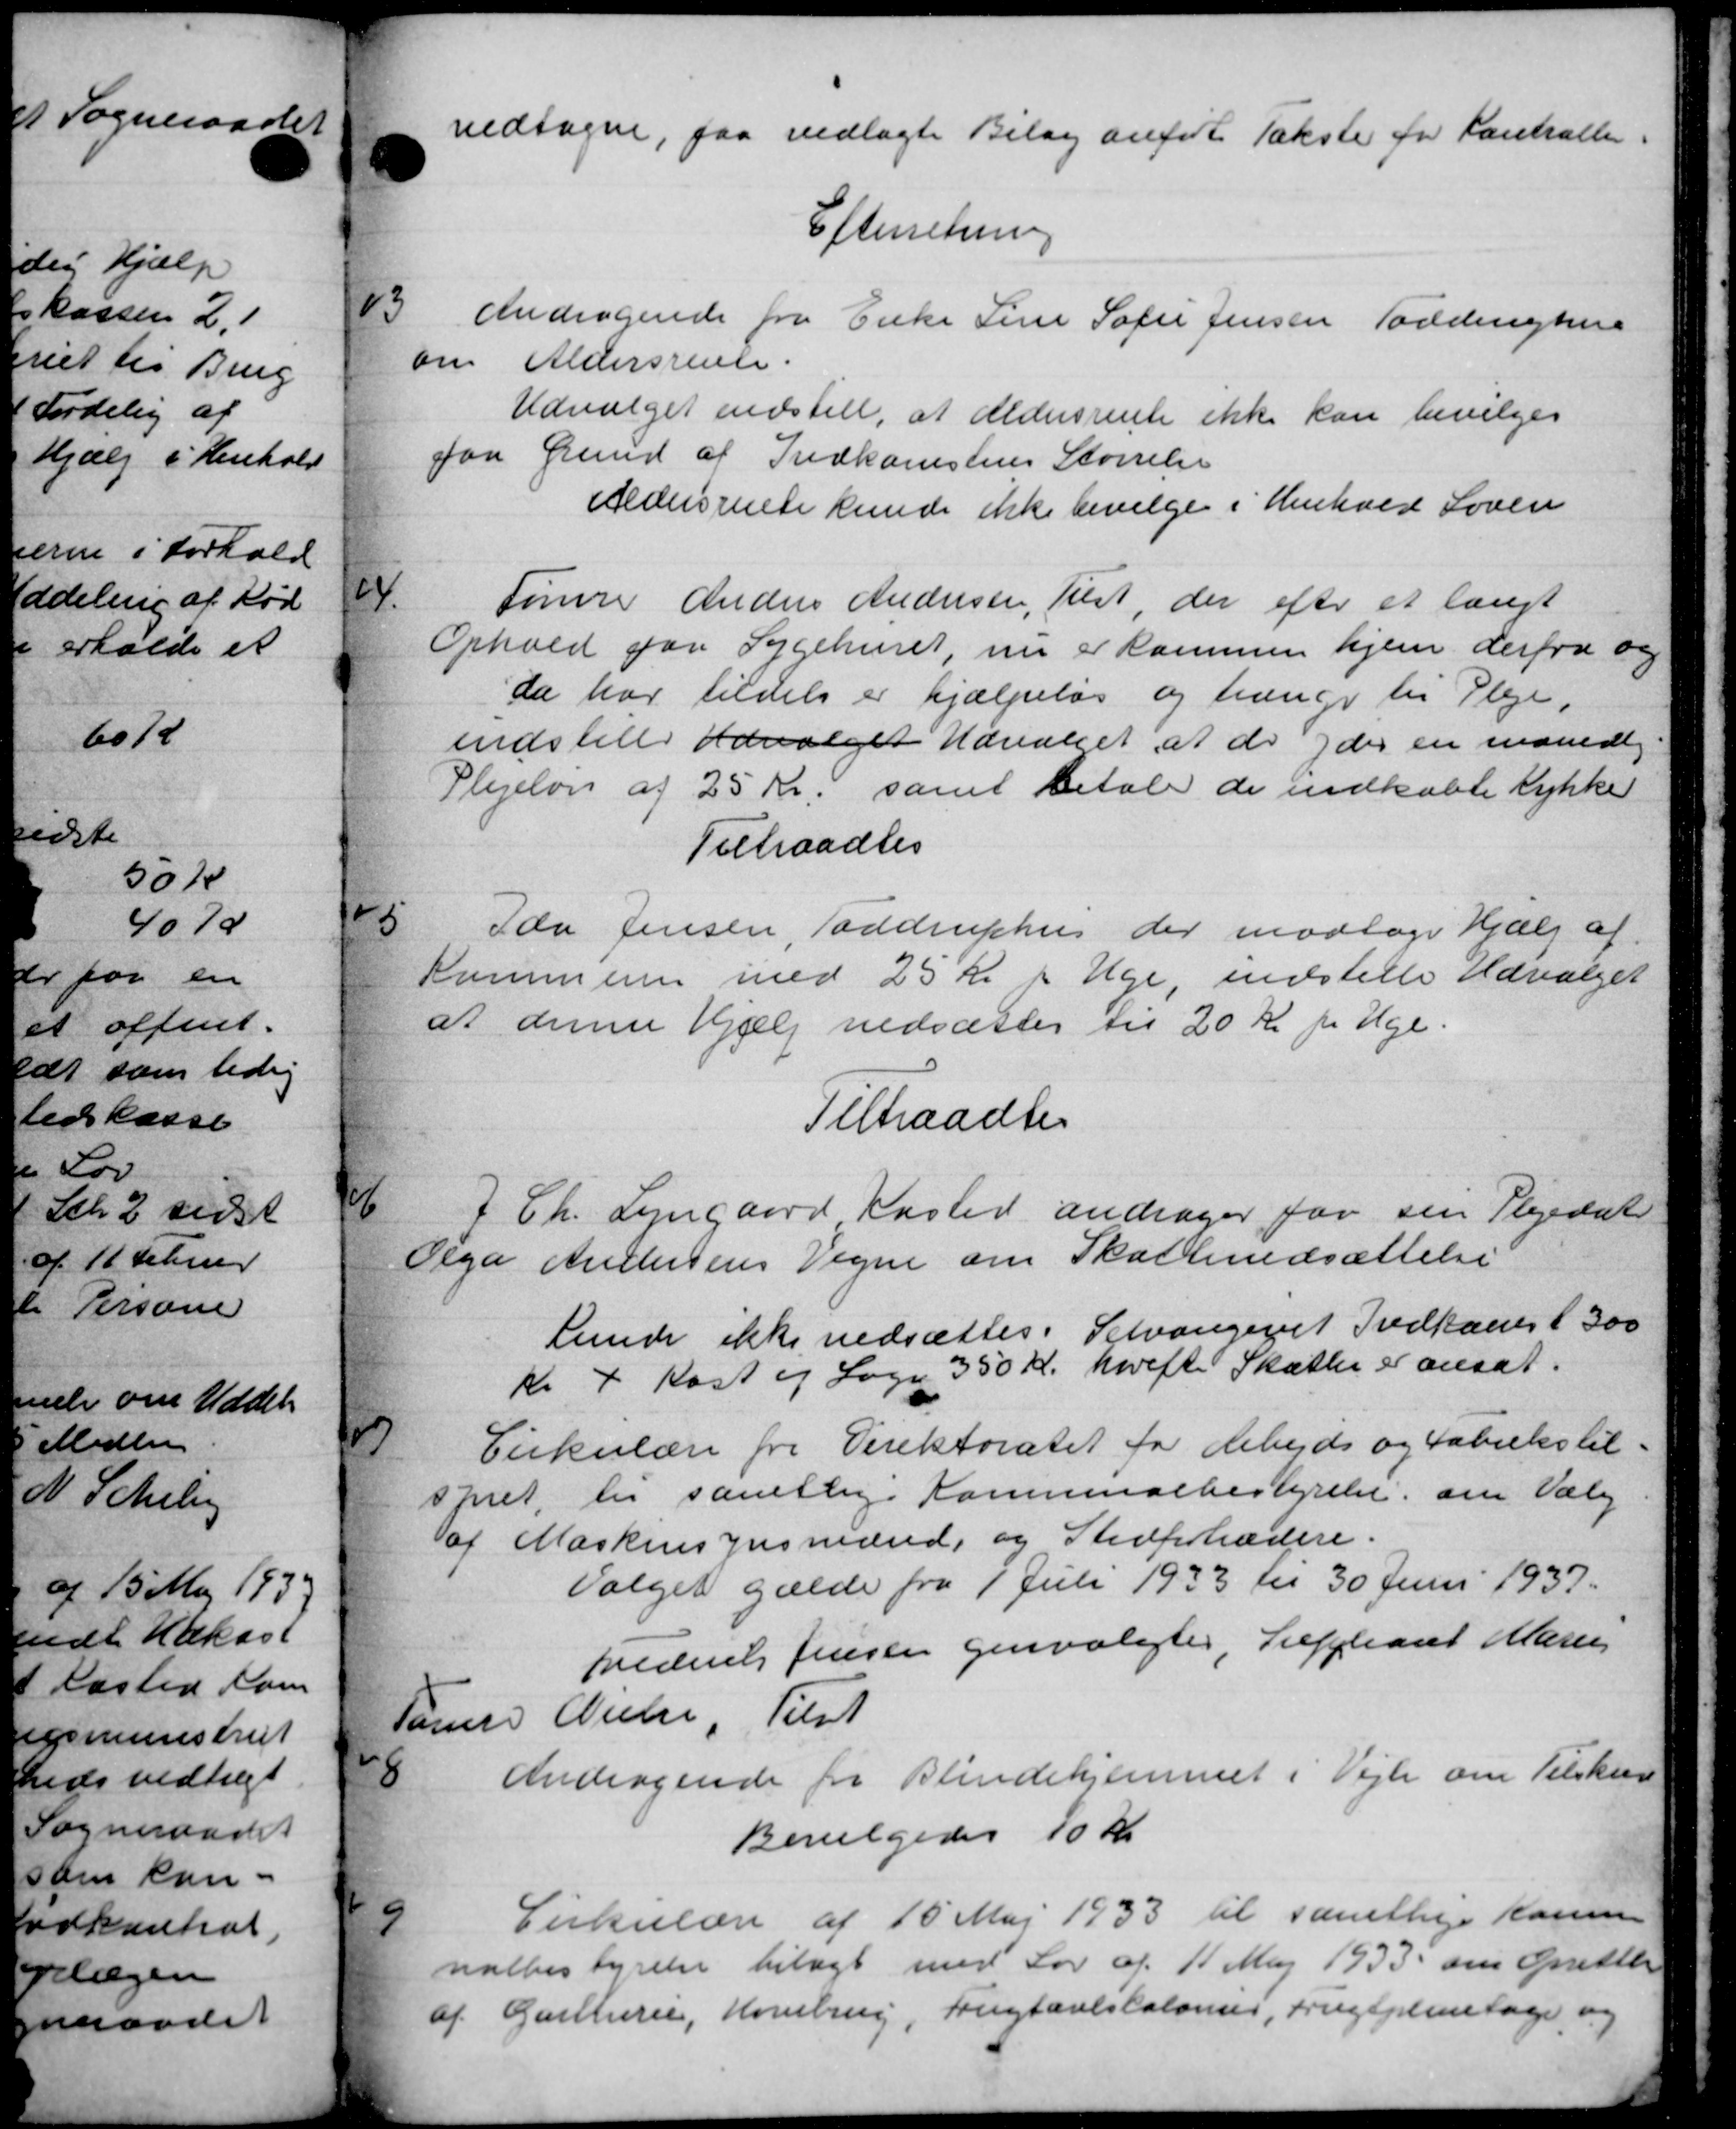
Transskription:
vedtagne, faa vedlagte Bilag anført Takster for Kontrollen.
Efterretning
3
Andragende fra Enke Sine Sofie Jensen Toddenighere
om Aldersrente.
Udvalget indstill, at Aldersrente ikke kan bevilges
paa Grund af Indkomstens Størrelse
Aldersrente kunde ikke bevilge i Henhold Loven
4
Tømrer Anders Andersen, Tulst, der efter et langt
Ophold paa Sygehuset, nu er kommen hjem derfra og
da har tildels er hjælpelse og trænge til Pleje.
indstille Udvalget Udvalget, at de yder en månedlig
Plejeløn af 25 Kr. samt betale de indkøbte Lykke
Tiltraadtes
5
Ida Jensen, Toddruphus der modtage Hjælp af
Kommunen med 25 Kr i Uge, indstille Udvalget
at denne Hjælp nedsættes til 20 Kr pr Uge.
Tiltraadte
6
J Ch. Lyngaard Kasted andrager for sin Plejedat
Olga Andersens Vegne om Skattenedsættelse
funde ikke nedsættes. Selvangenet Indkant 300
Kr 4 Kost og Sogn 350 Kr. herefte Skatter er ansat.
7
Cirkulære fra Direktoratet for Arbejds og Fabriks til
spret til samtlige Kommunebestyrelse om Valg
af Maskinsynsmænd, og Stedfortrædere.
Valget gælde fra 1 Juli 1933 til 30 Juni 1937.
Frederik Jensen genvalgtes, Suppleant Marie
Tømrer Nielse, Tilst
8
Andragende for Blindehjemmet i Vejle om Tilskud
Bevilgedes 10 Kr
Cirkulære af 15 Maj 1933 til samtlige Komm
9
nalbestyrelse bilagt med Lov af 11 Maj 1933 om Oprette
Gaillerer, Hovebrug, Frugtavlskolonnes, Frugtplantage og